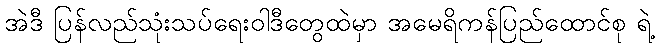
အဲဒီ ပြန်လည်သုံးသပ်ရေးဝါဒီတွေထဲမှာ အမေရိကန်ပြည်ထောင်စု ရဲ့